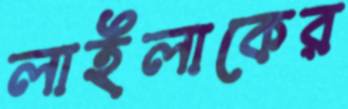
লাইলাকের